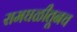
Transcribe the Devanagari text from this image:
रामघळीतूनच